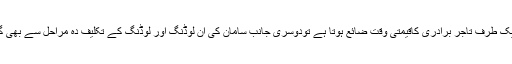
اس اقدام سے ایک طرف تاجر برادری کاقیمتی وقت ضائع ہوتا ہے تودوسری جانب سامان کی ان لوڈنگ اور لوڈنگ کے تکلیف دہ مراحل سے بھی گزرنا پرتا ہے۔